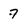
Character: 7